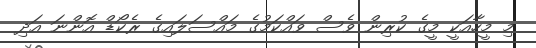
މި މީހާއަކީ މީގެ ކުރިން ވެސް ވައްކަމުގެ މައްސަލައިގެ ރެކޯޑް އޮންނަ އަދި